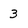
Character: 3